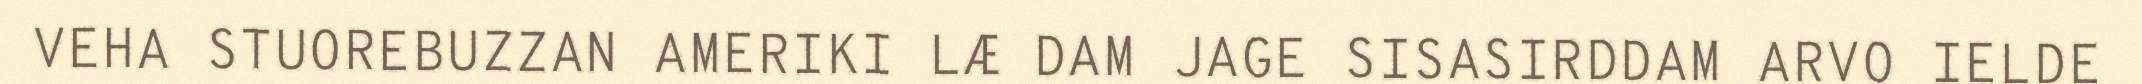
VEHA STUOREBUZZAN AMERIKI LÆ DAM JAGE SISASIRDDAM ARVO IELDE